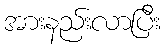
အားနည်းလာပြီး